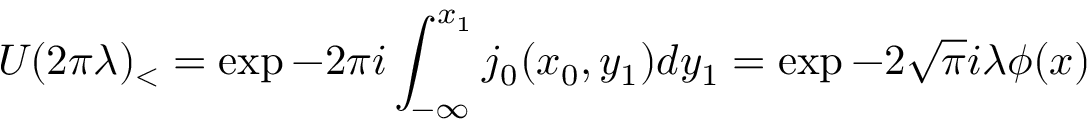
U _ { { } } ( 2 \pi \lambda ) _ { < } = \exp - 2 \pi i \int _ { - \infty } ^ { x _ { 1 } } j _ { 0 } ( x _ { 0 } , y _ { 1 } ) d y _ { 1 } = \exp - 2 \sqrt { \pi } i \lambda \phi ( x )